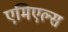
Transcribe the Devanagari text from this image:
एमिएल्स